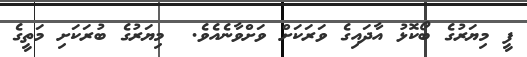
ފީ މިޔަރުގެ ބޯކޮޅު އާދައިގެ ވަރަކަށް ވަށްވާނެއެވެ.  މިޔަރުގެ ބުރަކަށި މަތީގެ